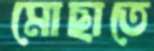
মোছাতে